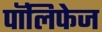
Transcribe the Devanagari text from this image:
पॉलिफेज